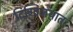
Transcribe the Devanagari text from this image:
दिग्विजयात